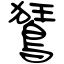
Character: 鵟